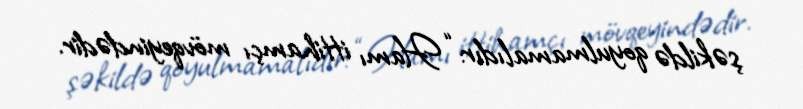
şəkildə qoyulmamalıdır: “Hamı ittihamçı mövqeyindədir.